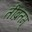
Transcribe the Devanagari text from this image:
तीब्रतम्